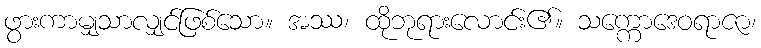
ဖွားကာမျှသာလျှင်ဖြစ်သော။ အဿ၊ ထိုဘုရားလောင်း၏။ သက္ကောဒေဝရာဇာ၊